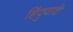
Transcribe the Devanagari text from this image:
हिंदुवादी